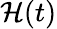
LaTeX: \mathcal{H}(t)